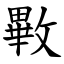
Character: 㪤